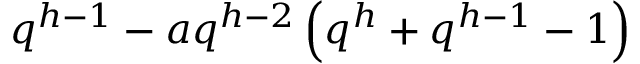
q ^ { h - 1 } - a q ^ { h - 2 } \left( q ^ { h } + q ^ { h - 1 } - 1 \right)